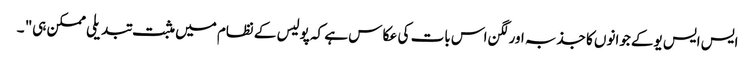
ایس ایس یوکے جوانوں کا جذبہ اور لگن اس بات کی عکا س ہے کہ پولیس کے نظام میں مثبت تبدیلی ممکن ہی" ۔